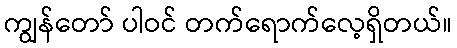
ကျွန်တော် ပါဝင် တက်ရောက်လေ့ရှိတယ်။